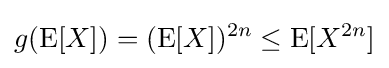
g(\operatorname {E} [X])=(\operatorname {E} [X])^{2n}\leq \operatorname {E} [X^{2n}]